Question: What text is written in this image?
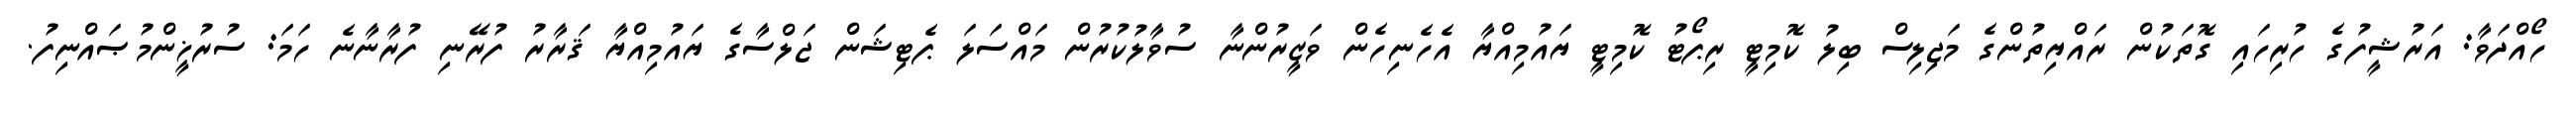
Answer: ހޯއްދަވާ: އަރުޝީފުގެ ހުރިހައި ގޮތަކުން ރައްޔިތުންގެ މަޖިލިސް ބިލު ކޮމިޓީ ރިޕޯޓު ކޮމިޓީ ޔައުމިއްޔާ އެހެނިހެން ވަޒީރުންނާ ސުވާލުކުރުން މައްސަލަ ޕެޓިޝަން ޖަލްސާގެ ޔައުމިއްޔާ ޤަރާރު ފުރޭނި ފުރާނާނެ ހަމަ: ސުރުޚީންމުޞައްނިފު.